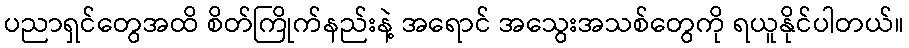
ပညာရှင်တွေအထိ စိတ်ကြိုက်နည်းနဲ့ အရောင် အသွေးအသစ်တွေကို ရယူနိုင်ပါတယ်။